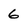
Character: 6